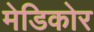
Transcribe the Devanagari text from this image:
मेडिकोर